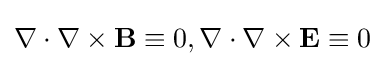
\nabla \cdot \nabla \times \mathbf {B} \equiv 0,\nabla \cdot \nabla \times \mathbf {E} \equiv 0